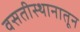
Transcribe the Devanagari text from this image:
वसतीस्थानातून